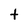
Character: t